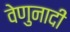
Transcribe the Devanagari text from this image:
वेणुनादीं